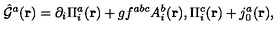
{ \hat { \cal G } } ^ { a } ( { \bf r } ) = \partial _ { i } \Pi _ { i } ^ { a } ( { \bf r } ) + g f ^ { a b c } A _ { i } ^ { b } ( { \bf r } ) , \Pi _ { i } ^ { c } ( { \bf r } ) + j _ { 0 } ^ { a } ( { \bf r } ) ,